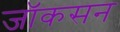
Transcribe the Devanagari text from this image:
जॉकसन